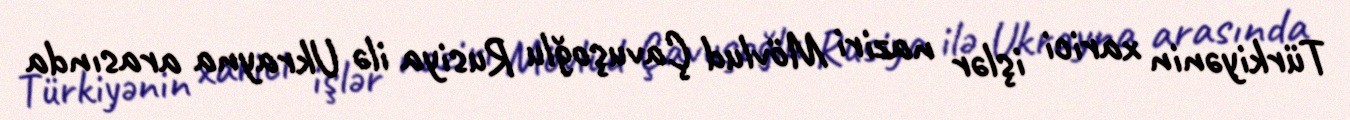
Türkiyənin xarici işlər naziri Mövlud Çavuşoğlu Rusiya ilə Ukrayna arasında